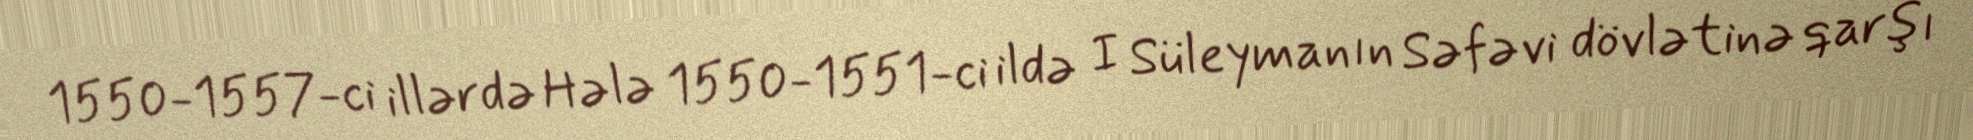
1550-1557-ci illərdə Hələ 1550-1551-ci ildə I Süleymanın Səfəvi dövlətinə qarşı